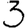
Digit: 3